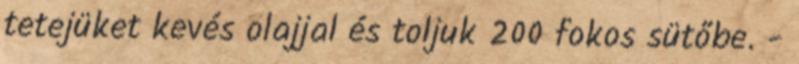
tetejüket kevés olajjal és toljuk 200 fokos sütőbe. -